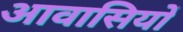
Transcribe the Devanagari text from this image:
आवासियों